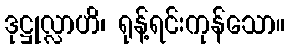
ဒုဋ္ဌုလ္လာဟိ၊ ရုန့်ရင်းကုန်သော။